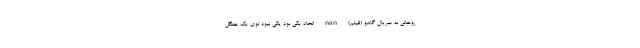
روحانی به سریال گاندو (فیلم) nan اتحاد یکی بود یکی نبود توی یک جنگل